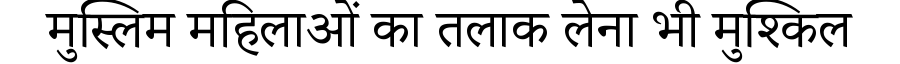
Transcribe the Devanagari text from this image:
मुस्लिम महिलाओं का तलाक लेना भी मुश्किल